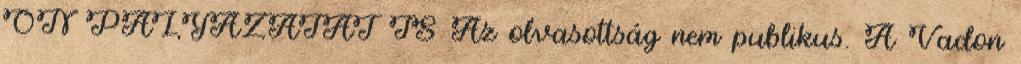
ÖN PÁLYÁZATÁT IS Az olvasottság nem publikus. A Vadon